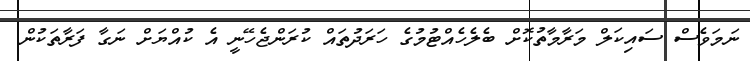
ނަމަވެސް ސައިކަލް މަރާމާތުކޮށް ބެލެހެއްޓުމުގެ ހަރަދުތައް ކުރަންޖެހޭނީ އެ ކުއްޔަށް ނަގާ ފަރާތަކުން